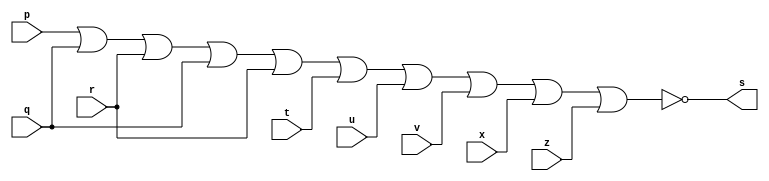
// -------------------------
// Exercicio06 - Receber um byte e  
// retornar 1, se todos os seus bits forem iguais a 0.
// Nome: Thaise Souto Martins 
// ------------------------- 
 
// ------------------------- 
// -- nor gate 
// ------------------------- 
module norgate (output s, input p, input q, input r, input t, input u, input v, input x, input z );
	assign s = ~(p | q | r | q | r | t | u | v | x | z);
endmodule

module testnorgate;
	reg a, b, c,d,e,f,g,h;
	wire  s;
	norgate NOR1 (s, a,b,c,d,e,f,g,h);
	
	initial 
	begin
		a = 0;
		b = 0;
		c = 0;
		d = 0;
		e = 0; 
		f = 0; 
		g = 0; 
		h = 0;
	end

	initial
	begin
		$display("Exercicio06 - Thaise Souto Martins - 395504");
      $display("Receber um byte e retornar 1, se todos os seus bits forem iguais a 0. Alguns Testes:"); 
      $display("\n~(a | b | c | d | e | f | g | h) = s\n"); 
      a=0; b=0; c=0; d=0; e=0; f=0; g=0; h=0;
		$monitor("~(%b | %b | %b | %b | %b | %b | %b) = %b",a,b,c,d,e,f,g,h,s);
		#1 c=1;
		#1 b=1;
			c=0;
		#1	c=1;
		#1 a=1;
			b=0;
			c=0;
		#1 c=1;
		#1 c=0;
			b=1;
		#1 c=1;
		#1 a=1; b=1; d=1; e=1; f=1; g=1; h=1;
	end
	
endmodule

    // ~(a | b | c | d | e | f | g | h) = s
    // 
    // ~(0 | 0 | 0 | 0 | 0 | 0 | 0) = 01
    // ~(0 | 0 | 1 | 0 | 0 | 0 | 0) = 00
    // ~(0 | 1 | 0 | 0 | 0 | 0 | 0) = 00
    // ~(0 | 1 | 1 | 0 | 0 | 0 | 0) = 00
    // ~(1 | 0 | 0 | 0 | 0 | 0 | 0) = 00
    // ~(1 | 0 | 1 | 0 | 0 | 0 | 0) = 00
    // ~(1 | 1 | 0 | 0 | 0 | 0 | 0) = 00
    // ~(1 | 1 | 1 | 0 | 0 | 0 | 0) = 00
    // ~(1 | 1 | 1 | 1 | 1 | 1 | 1) = 10